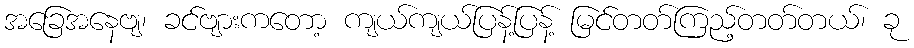
အခြေအနေဗျ၊ ခင်ဗျားကတော့ ကျယ်ကျယ်ပြန့်ပြန့် မြင်တတ်ကြည့်တတ်တယ်၊ ခု